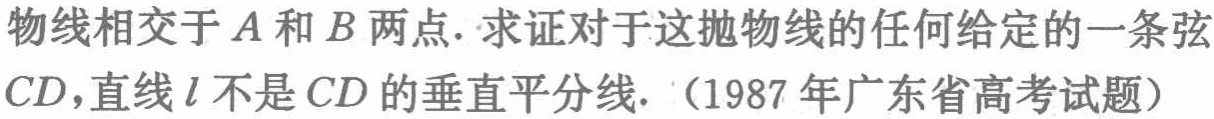
物线相交于\(A\)和\(B\)两点. 求证对于这抛物线的任何给定的一条弦\(CD\)，直线\(l\)不是\(CD\)的垂直平分线. （1987年广东省高考试题）